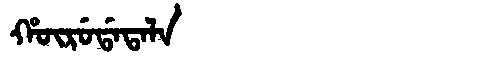
Manchu: ᡥᡡᡵᡠᡩᠠᡨᠠᠯᠠ
Romanization: HŪRUDATALA